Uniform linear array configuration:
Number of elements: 24
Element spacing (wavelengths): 0.5
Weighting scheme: hann
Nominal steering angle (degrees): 60
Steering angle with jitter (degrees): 61.32
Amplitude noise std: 0.05
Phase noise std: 0.05

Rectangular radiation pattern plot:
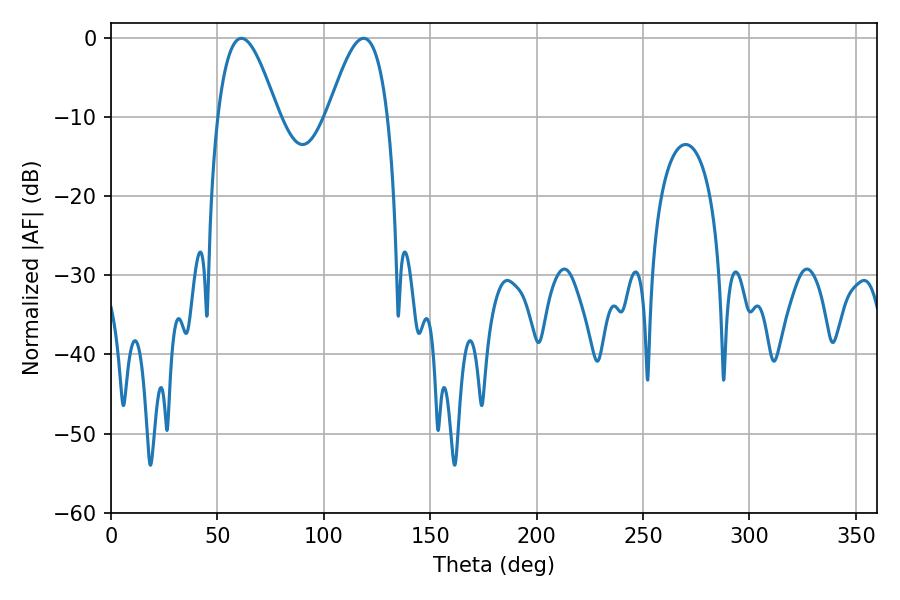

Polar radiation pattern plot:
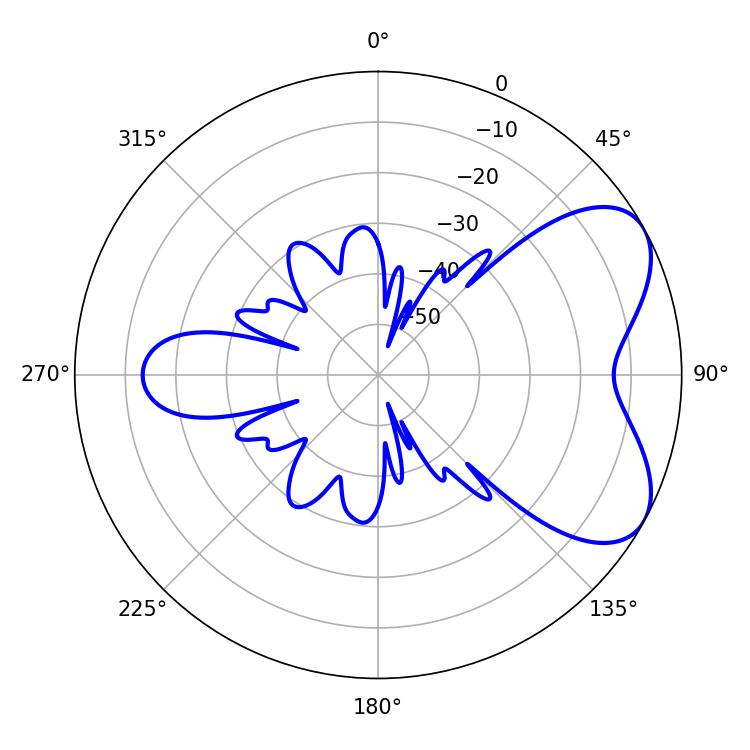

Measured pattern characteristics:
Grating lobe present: FALSE
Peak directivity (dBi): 5.893
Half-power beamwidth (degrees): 15.3
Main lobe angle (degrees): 61.2